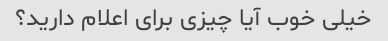
خیلی خوب آیا چیزی برای اعلام دارید؟